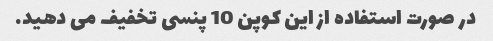
در صورت استفاده از این کوپن 10 پنسی تخفیف می دهید.